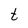
Character: t